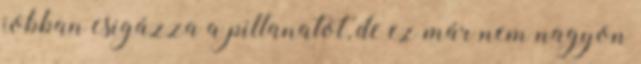
jobban csigázza a pillanatot, de ez már nem nagyon